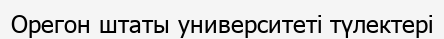
Орегон штаты университеті түлектері